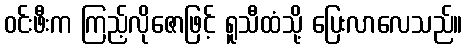
ဝင်းဖီးက ကြည့်လိုဇောဖြင့် ရူသီထံသို့ ပြေးလာလေသည်။